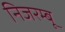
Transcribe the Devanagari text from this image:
निजरम्बू